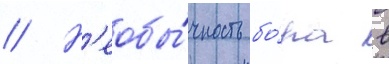
// Н'еобы́чность бо́ра в